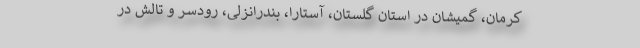
کرمان، گمیشان در استان گلستان، آستارا، بندرانزلی، رودسر و تالش در